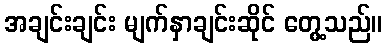
အချင်းချင်း မျက်နှာချင်းဆိုင် တွေ့သည်။